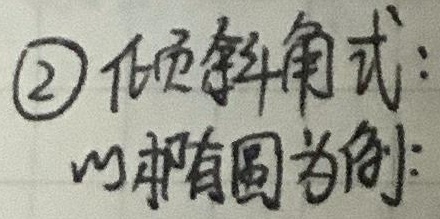
\textcircled{2} 倾斜角式：
以椭圆为例：